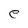
Character: e